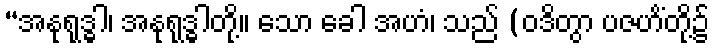
“အနုရုဒ္ဓါ၊ အနုရုဒ္ဓါတို့။ သော ခေါ အဟံ၊ သည် (ဝဒိတွာ ပဇဟိံတို့၌